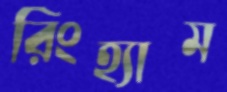
রিংহ্যাম